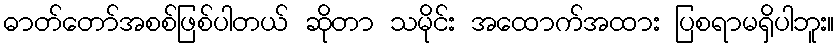
ဓာတ်တော်အစစ်ဖြစ်ပါတယ် ဆိုတာ သမိုင်း အထောက်အထား ပြစရာမရှိပါဘူး။